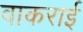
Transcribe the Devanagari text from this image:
वाकराई